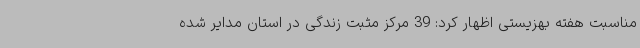
مناسبت هفته بهزیستی اظهار کرد: 39 مرکز مثبت زندگی در استان مدایر شده